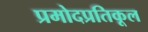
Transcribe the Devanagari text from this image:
प्रमोदप्रतिकूल